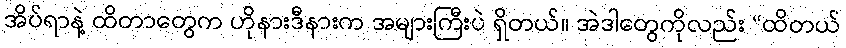
အိပ်ရာနဲ့ ထိတာတွေက ဟိုနားဒီနားက အများကြီးပဲ ရှိတယ်။ အဲဒါတွေကိုလည်း “ထိတယ်